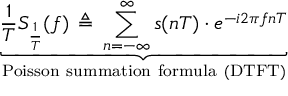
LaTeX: \underbrace { { \frac { 1 } { T } } S _ { \frac { 1 } { T } } ( f ) \, \triangleq \, \sum _ { n = - \infty } ^ { \infty } s ( n T ) \cdot e ^ { - i 2 \pi f n T } } _ { \mathrm { P o i s s o n ~ s u m m a t i o n ~ f o r m u l a ~ ( D T F T ) } }